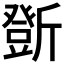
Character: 𣃆